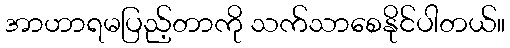
အာဟာရမပြည့်တာကို သက်သာစေနိုင်ပါတယ်။